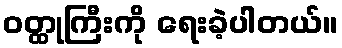
ဝတ္ထုကြီးကို ရေးခဲ့ပါတယ်။